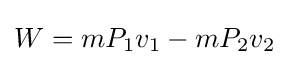
W=mP_{1}v_{1}-mP_{2}v_{2}